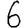
Digit: 6